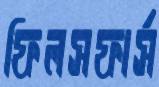
ফিলসফার্স